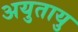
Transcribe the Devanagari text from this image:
अयुतायु